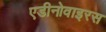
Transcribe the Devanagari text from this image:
एडीनोवाइरस